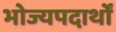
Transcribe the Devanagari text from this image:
भोज्यपदार्थों